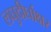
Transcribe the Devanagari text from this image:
लघुदीर्घाक्षर